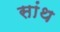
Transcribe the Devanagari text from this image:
सांथ